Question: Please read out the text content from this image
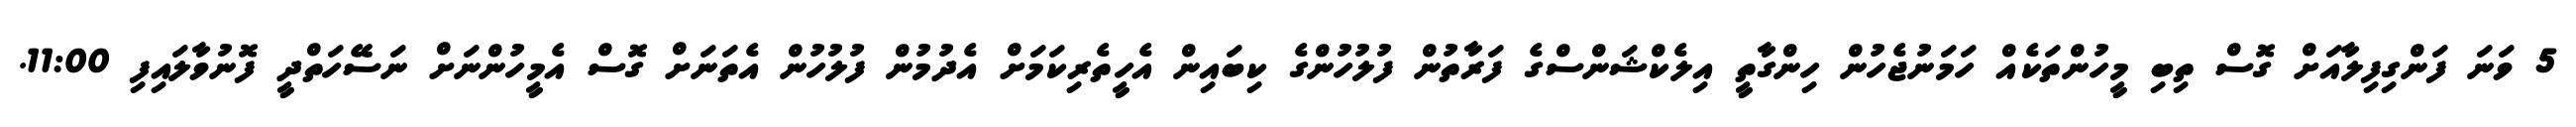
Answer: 5 ވަނަ ފަންގިފިލާއަށް ގޮސް ތިބި މީހުންތަކެއް ހަމަނުޖެހުން ހިންގާތީ އިލެކްޝަންސްގެ ފަރާތުން ފުލުހުންގެ ކިބައިން އެހީތެރިކަމަށް އެދުމުން ފުލުހުން އެތަނަށް ގޮސް އެމީހުންނަށް ނަސޭހަތްދީ ފޮނުވާލައިފި 11:00.